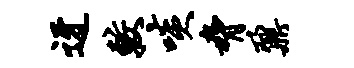
迓较啖胁鼐